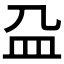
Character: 𰤴